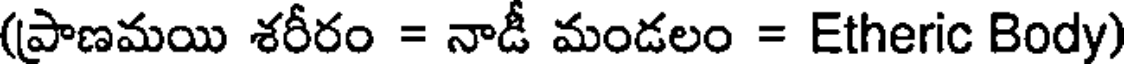
(ప్రాణమయి శరీరం = నాడీ మండలం = Etheric Body)